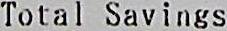
TOTAL SAVINGS